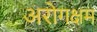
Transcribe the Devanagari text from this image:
अरोगक्षम